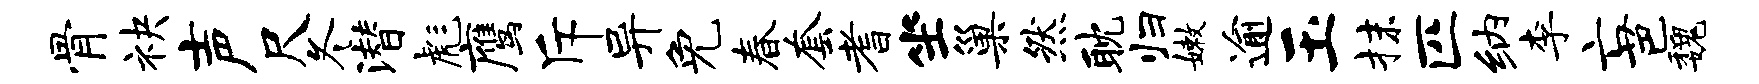
骨袂声尺冬潜彪鹰斥异免春套耆坐巢然耽归嫩逾玉抹匹纳李亡芭魏